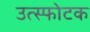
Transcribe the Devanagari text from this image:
उत्स्फोटक